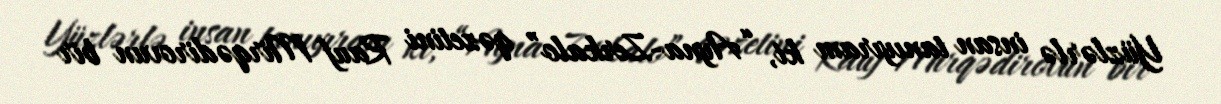
Yüzlərlə insan tanıyıram ki, “Ayna-Zerkalo” qəzetini Rauf Mirqədirovun bir